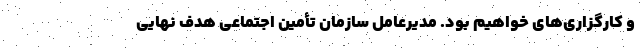
و کارگزاری‌های خواهیم بود. مدیرعامل سازمان تأمین اجتماعی هدف نهایی